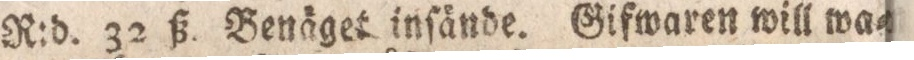
N:d. 32 ß. Benäget inſände. Gifwaren will wa=